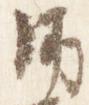
師